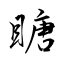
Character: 瞊